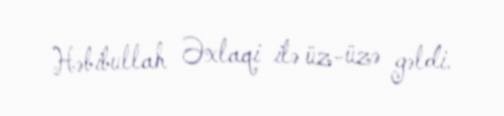
Həbibullah Əxlaqi ilə üz-üzə gəldi.